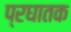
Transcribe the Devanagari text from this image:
प्रघातक